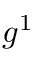
g ^ { 1 }